Vana-Vandra_vallavalitsus, lk 63
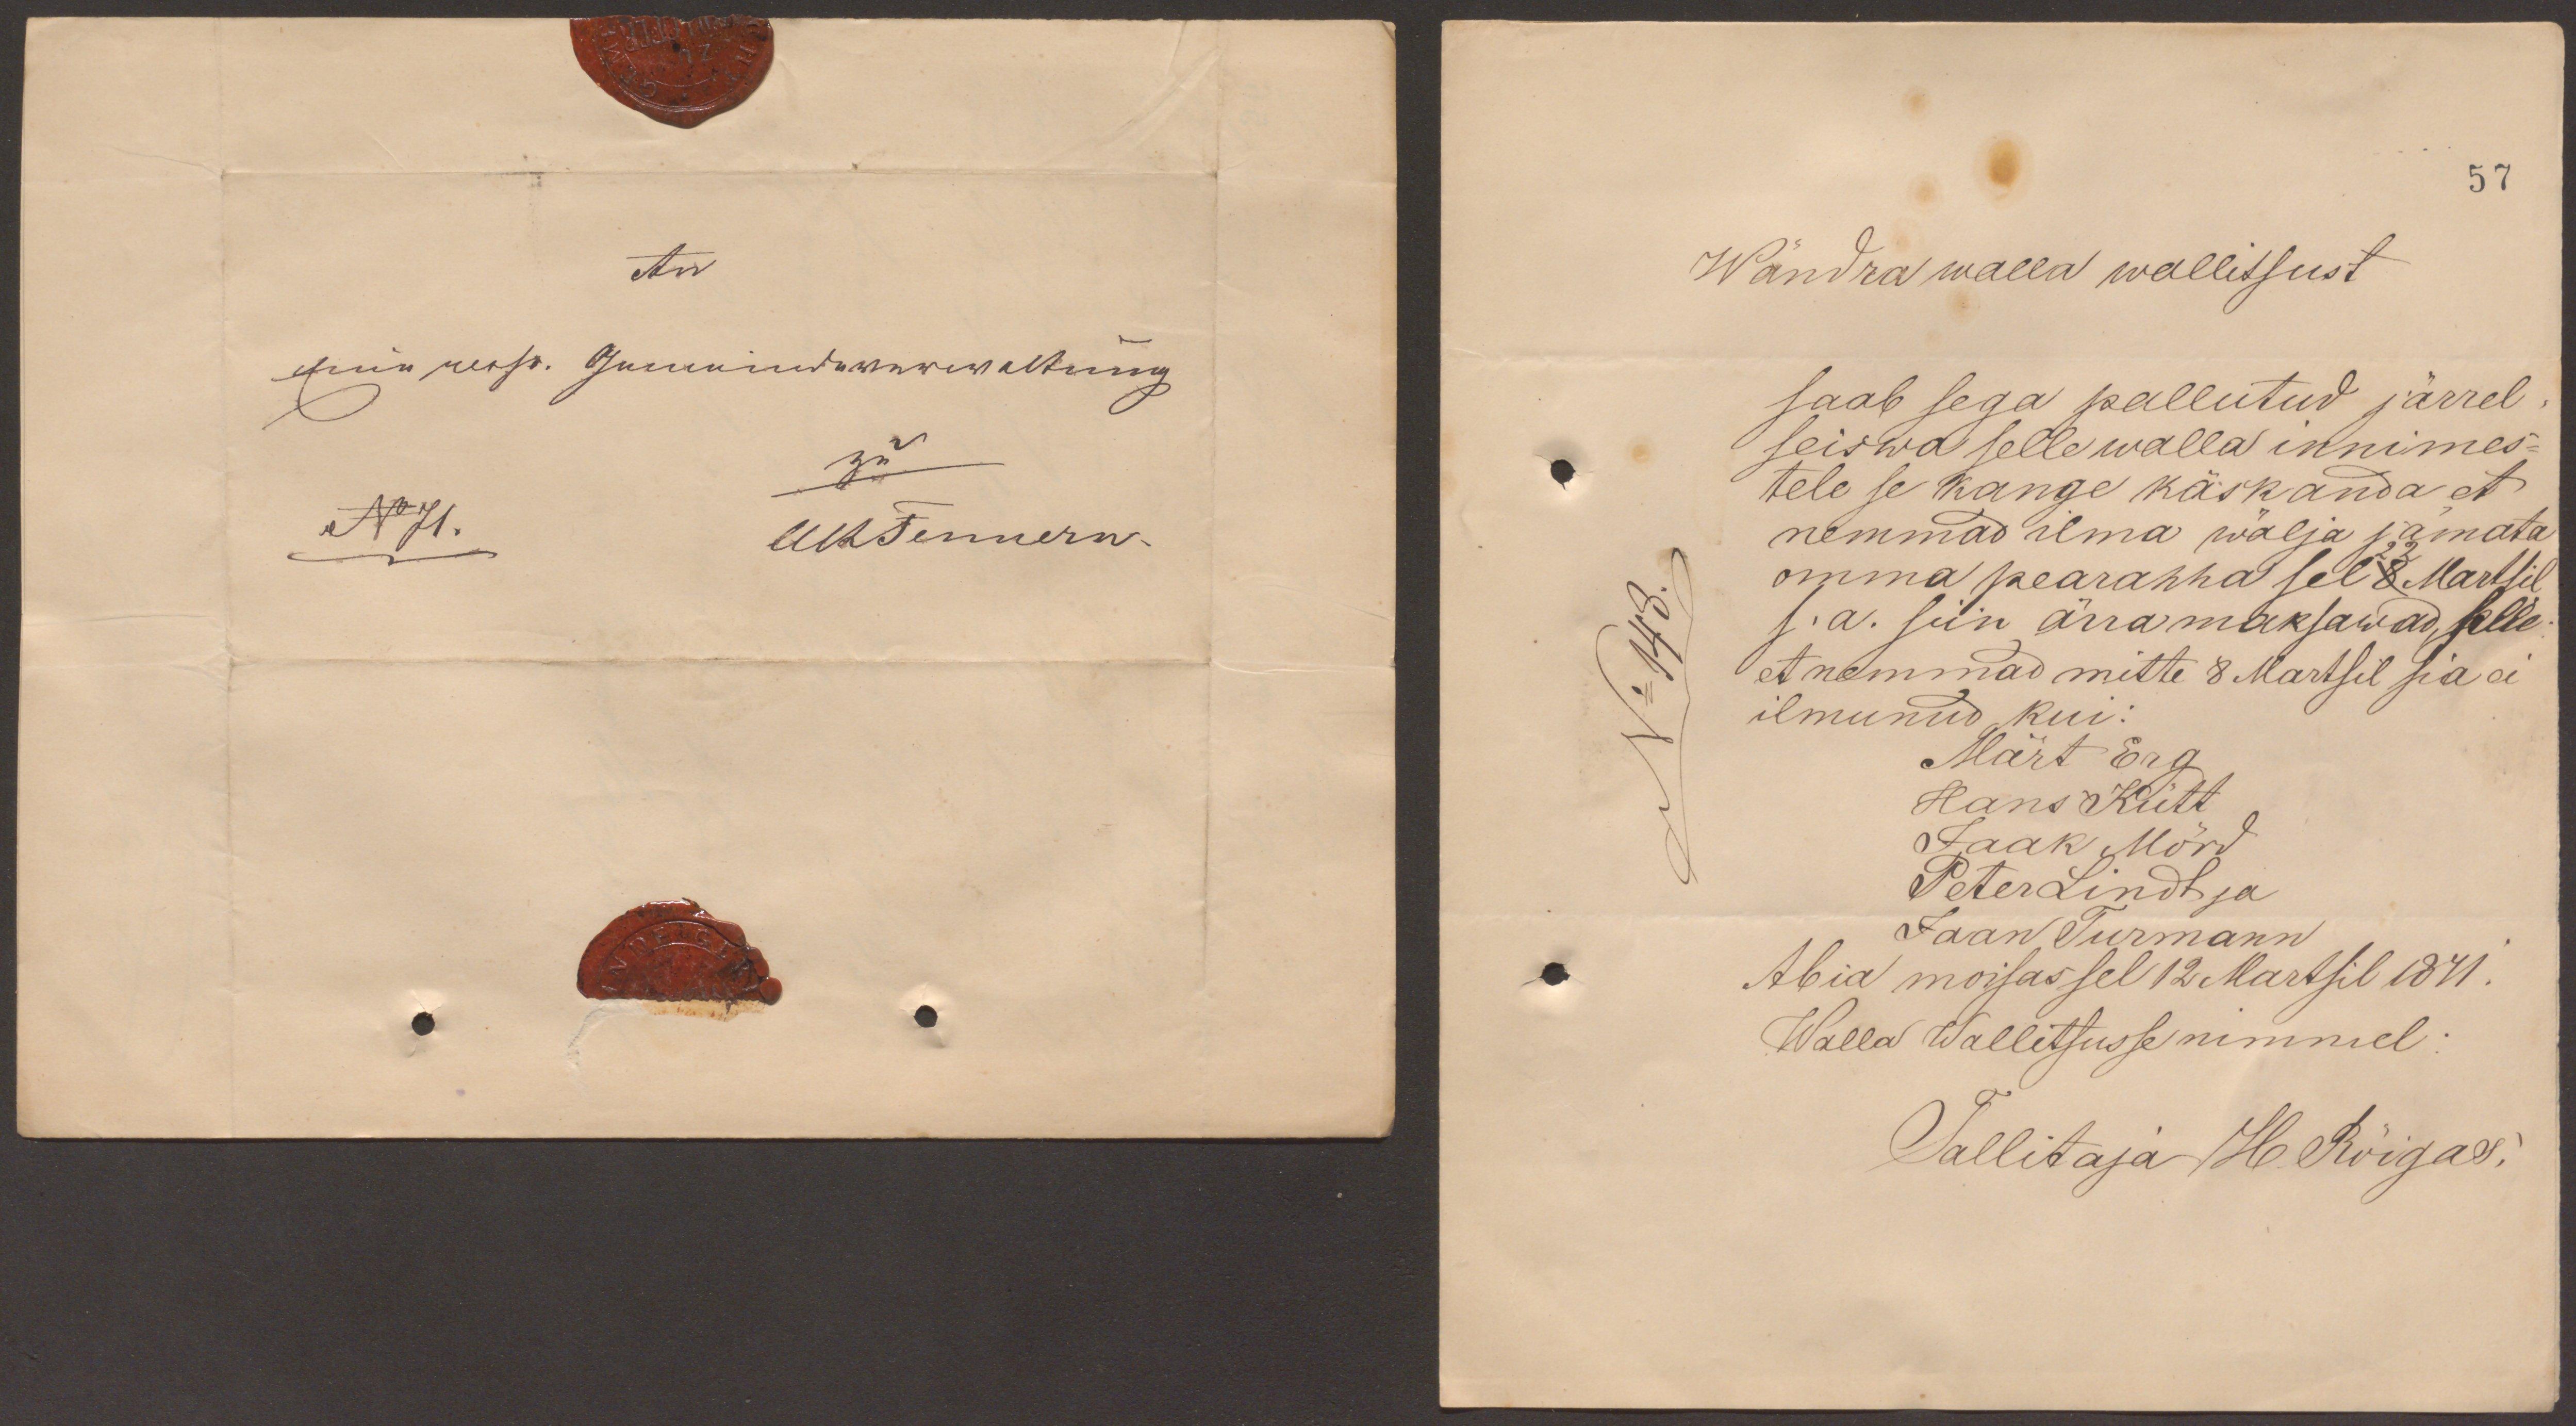
57
Wändra walla wallitsust
saab sega pallutud järrel
seiswa selle walla innimes-
tele se kange käskanda et
nemmad ilma wälja jämata
omma pearahha sel 8 22 Martsil
s. a. siin ära maksawad, selle
et nemmad mitte 8 Martsil sia ei
ilmunud kui:
Märt Erg
Hans Kütt
Jaak Mörd
Peter Lindt ja
Jaan Turmann
Abia moisas sel 12 Martsil 1871.
Walla Wallitsusse nimmel.
Tallitaja H. Rõigas